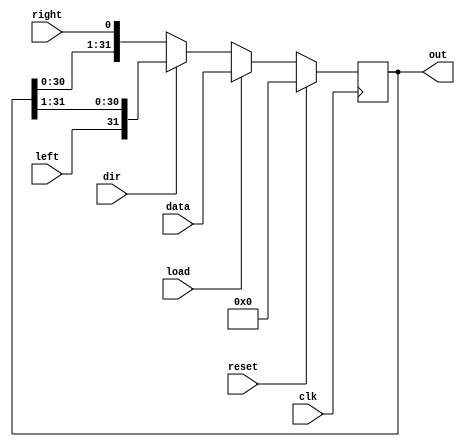
module shift_register #(parameter W=32)(clk, reset, load, dir, data,left,right,out);
	input clk;
	input wire reset, load, dir;
	input wire [(W-1):0] data;
	input wire left,right;
	output reg [(W-1):0] out;
	
	always @(posedge clk)
		out = reset ? 0 : load ? data: dir ? {left,out[W-1:1]} : {out[W-2:0],right};
endmodule